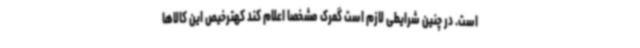
است. در چنین شرایطی لازم است گمرک مشخصا اعلام کند کهترخیص این کالاها